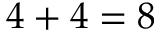
4 + 4 = 8